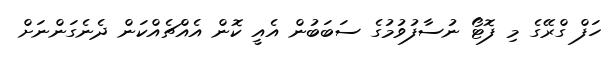
ހަފް ގްރޭގެ މި ފޮޓޯ ނުސާފުވުމުގެ ސަބަބުން އެއީ ކޮން އެއްޗެއްކަން ދެނެގަންނަށް